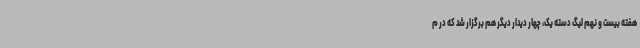
هفته بیست و نهم لیگ دسته یک، چهار دیدار دیگر هم برگزار شد که در م